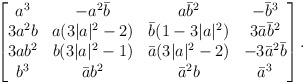
LaTeX: \begin{align*}\begin{bmatrix}a^3 & -a^2\bar{b} & a\bar{b}^2 & -\bar{b}^3 \\3a^2b & a(3|a|^2-2) & \bar{b}(1-3|a|^2) & 3\bar{a}\bar{b}^2 \\3ab^2 & b(3|a|^2-1) & \bar{a}(3|a|^2-2) & -3\bar{a}^2\bar{b}\\b^3 & \bar{a}b^2 & \bar{a}^2b & \bar{a}^3\end{bmatrix}.\end{align*}